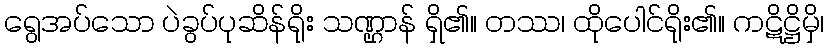
ရွေအပ်သော ပဲခွပ်ပုဆိန်ရိုး သဏ္ဌာန် ရှိ၏။ တဿ၊ ထိုပေါင်ရိုး၏။ ကဋိဋ္ဌိမှိ၊